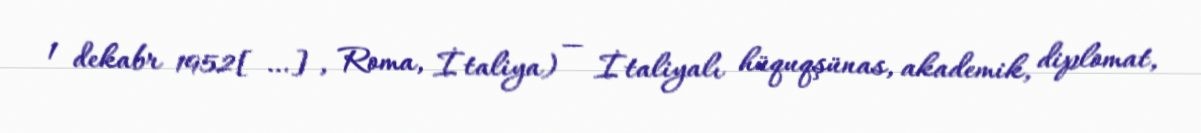
1 dekabr 1952[…], Roma, İtaliya) — İtaliyalı hüquqşünas, akademik, diplomat,